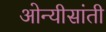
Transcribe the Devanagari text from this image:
ओन्यीसांती